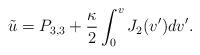
LaTeX: \begin{align*} \tilde{u}=P_{3,3}+\frac{\kappa}{2}\int_0^vJ_2(v')dv'.\end{align*}